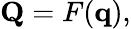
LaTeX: \mathbf{Q}=F(\mathbf{q}),